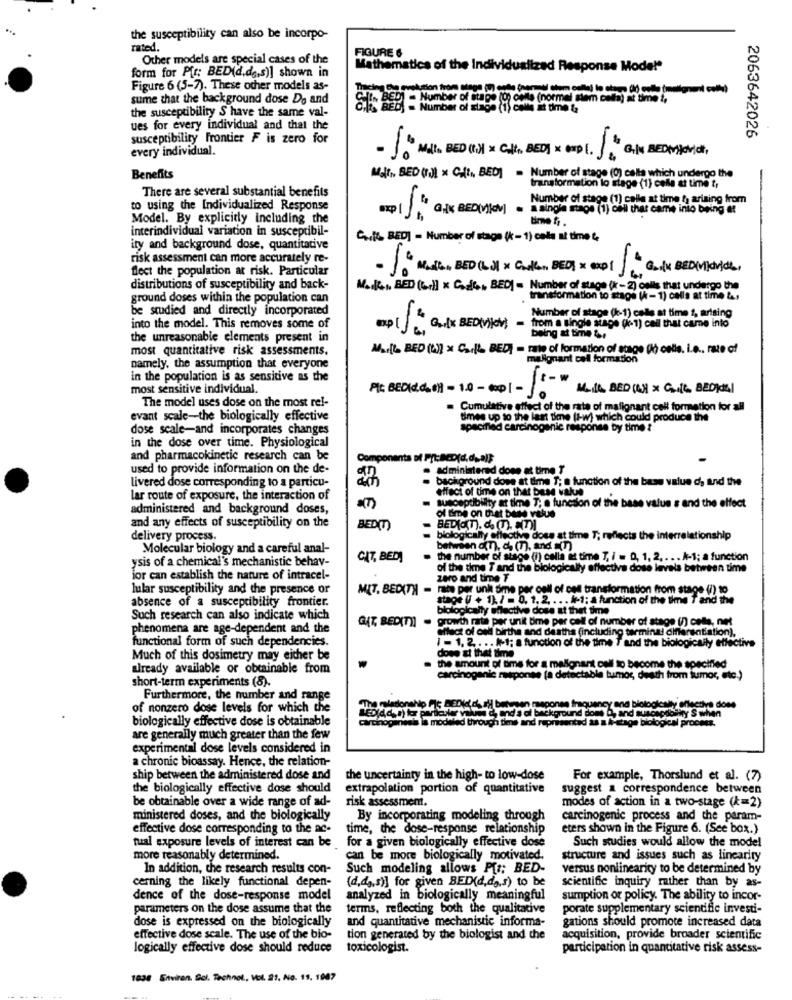
the susceptibility can also be incorpo-
rated.
FIGURE 6
Other models are special cases of the
form for P[r: BED(d.d ., s)] shown in
Mathematics of the Individualized Response Mode!"
Figure 6 (5-7). These other models as-
sume that the background dose Do and
the susceptibility S have the same val-
SEBE-Number of Bulge (0) delle (normal sem com
Number of stage (1) calls at time &
ues for every individual and that the
2063642026
susceptibility Frontier F is zero for
every individual.
GİN BED(Mjørijdt,
10 MAL. BED (I) * GIK, BED) x emp t. ).
Benefits
Mf, BED (f)1 x Cft, BED] = Number of stage (0) cella which undergo the
There are several substantial benefits
transformation lo stage (1) cefa at time t,
to using the Individualized Response
Model. By explicitly including the
=== 1] . Gfx BED[IN] = a single maps (1) call that came into being et
interindividual variation in susceptibil-
C. ( BED] - Number of stage (k - 1) cela ni time 4.
ity and background dose, quantitative
risk assessment can more accurately re-
flect the population at risk. Particular
+ 3
distributions of susceptibility and back-
M. K ., BED (Grill × Codice, BED) - Number of stage (it - 2) cells that undergo the
ground doses within the population can
transformation to stage (h- 1) calls at time &s
be studied and directly incorporated
Number of stage (k-1) calle st time 1, arising
into the model. This removes some of
-[] Go[x BEDEVjev) - from a single tiago (1) cal that came into
the unreasonable elements present in
most quantitative risk assessments.
M.llo BED (W) x Carl's BED] - rate of formation of stage () celle, i.e ., rate of
namely, the assumption that everyone
malignant cell formation
in the population is as sensitive as the
most sensitive individual.
Ptc BED(2.6.1- 10- 001-1.
M.IL, BED (W) X CIL BEDRE)
The model uses dose on the most rel-
Cumulative effect of the rate of malignant cell formation for all
evant scale-the biologically effective
times up to the last time (1-w) which could produce the
dose scale-and incorporates changes
specified carcinogenic respons
in the dose over time. Physiological
and pharmacokinetic research can be
Components of Pit:BcD(d.dua)};
used to provide information on the de-
. administered done at time T
livered dose corresponding to a particu-
background done at time T; a function of the base value da and the
effect of time on that bese value
lar route of exposure, the interaction of
susceptibility at time T; a function of the base value s and the effect
administered and background doses,
of time on Diat base value
and any effects of susceptibility on the
BED(T)
BEDIO(T). d. (T). TI
delivery process.
= biologically effective dose at time T; reflects the interrelationship
Molecular biology and a careful anal-
betwien a(7), de (7), and (n)
ysis of a chemical's mechanistic behav-
CIT, BED)
. the number of stage (I) cella as time 7, i = 0, 1, 2. ... A-1; a function
of the time T and the biologically effective dose levels between time
for can establish the nature of intracel-
zaro and time T
lular susceptibility and the presence or
MIT, BEDITH
rate per unk Sme per cell of cet transformation from stage (/) 10
absence of a susceptibility frontier.
stage ( + 1). / = 0, 1, 2. .. . #-1: a function of the time T and the
blologically silective dose at that time
Such research can also indicate which
GIT, BED(T)] - growth rate per unit bme per call of number of stage () cells, net
phenomena are age-dependent and the
functional form of such dependencies.
effect of cod birthe and deatha (including terminal differentiation),
1 -1. 2 ... #1; a function of the time T and the biologically effective
Much of this dosimetry may either be
the amount of time for a malignant cell to become the specified
that time
already available or obtainable from
short-term experiments (8).
carcinogenic response (a detectable tumor, death from tumor, etc.)
Furthermore, the number and range
The relationsh
of nonzero dose levels for which the
PIS DEDIctd. d) beitsen maapones frequency and biologically effective done
ckground dome D, and suscepdoitny S when
biologically effective dose is obtainable
inesis la modeled through time and reprisentad as a A-stage blological proones.
are generally much greater than the few
experimental dose levels considered in
a chronic bioassay. Hence, the relation-
ship between the administered dose and
the uncertainty in the high- to low-dose
For example, Thorslund et al. (7)
the biologically effective dose should
extrapolation portion of quantitative
suggest a correspondence between
be obtainable over a wide range of ad-
risk assessment.
modes of action in a two-stage (k=2)
ministered doses, and the biologically
By incorporating modeling through
carcinogenic process and the param-
effective dose corresponding to the ac-
time, the dose-response relationship
eters shown in the Figure 6. (See box.)
tual exposure levels of interest can be
for a given biologically effective dose
Such studies would allow the model
more reasonably determined.
can be more biologically motivated.
structure and issues such as linearity
In addition, the research results con-
Such modeling allows P[t; BED-
versus nonlinearicy to be determined by
cerning the likely functional depen-
(d.d ., s)] for given BED(d,da,s) to be
scientific inquiry rather than by as-
dence of the dose-response model
analyzed in biologically meaningful
sumption or policy. The ability to incor-
parameters on the dose assume that the
terms, reflecting both the qualitative
porate supplementary scientific investi-
and quantitative mechanistic informa-
gations should promote increased data
dose is expressed on the biologically
effective dose scale. The use of the bio-
tion generated by the biologist and the
acquisition, provide broader scientific
logically effective dose should reduce
toxicologist.
participation in quantitative risk assess-
1038 Enviran. Gol. Technol ., Vol. 21, No. 19. 1967